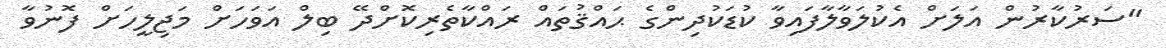
"ސަރުކާރުން އަލަށް އެކުލަވާލާފައިވާ ކުޑަކުދިންގެ ޙައްޤުތައް ރައްކާތެރިކޮށްދޭ ބިލް އަވަހަށް މަޖިލީހަށް ފޮނުވާ